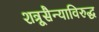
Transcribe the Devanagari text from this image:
शत्रूसैन्याविरुद्ध